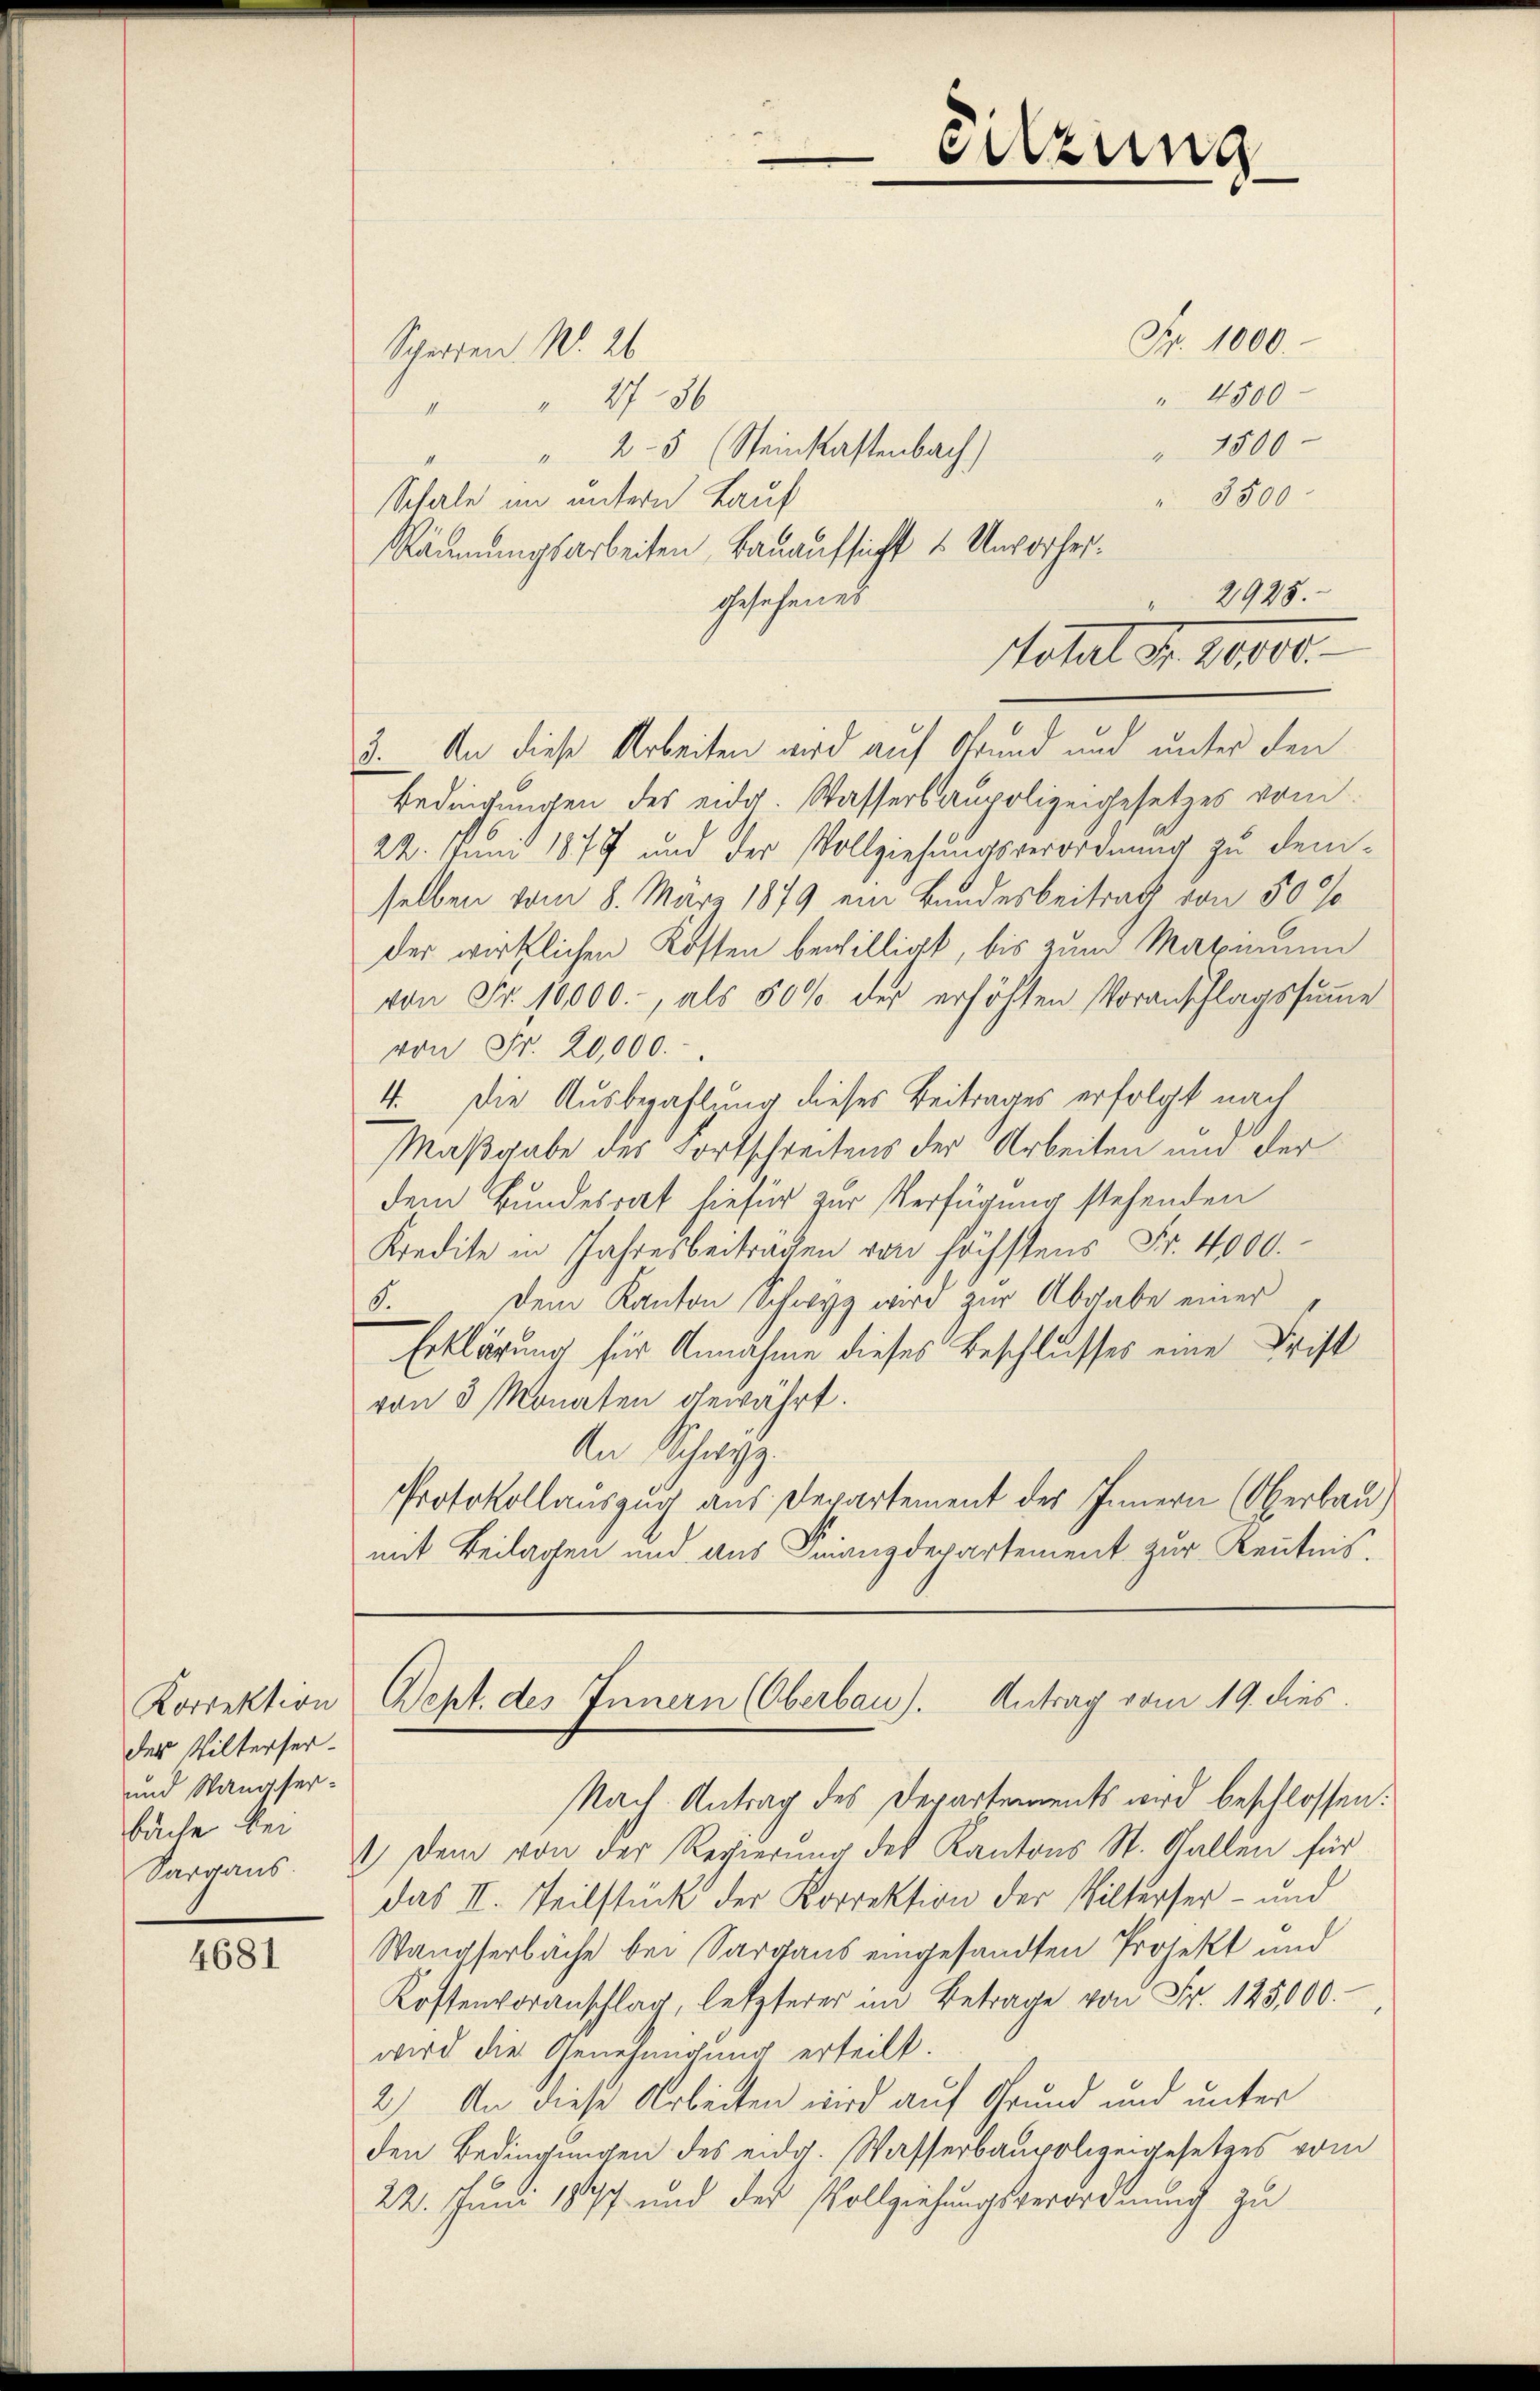
Korrektion
des Wilterser-
und Wangserbäche bei

4681

Scheiden No. 26.
I

Sitzung

Fr. 1000.
 4500
 2736
" 1500
2-5 (Steinkastenbach)
" 3500
Schale im untern Lauf
Räumungsarbeiten, Bauaufsicht u. Unvorhergesehenes
3. An diese Arbeiten wird auf Grund und unter den
Bedingungen des eidg. Wasserbaupolizeigesetzes vom
22. Juni 1877 und der Vollziehungsverordnung zu demselben vom 8. März 1879 ein Bundesbeitrag von 50 %
der wirklichen Kosten bewilligt, bis zum Maximum
von Fr. 10,000., als 50% der erhöhten Voranschlagssumme
von Fr. 20,000.
4. Die Ausbezahlung dieses Beitrages erfolgt nach
Maßgabe des Fortschreitens der Arbeiten und der
dem Bundesrat hiefür zur Verfügung stehenden
Kredite in Jahresbeiträgen von höchstens Fr. 4000.
5. Dein Kanton Schwyz wird zur Abgabe einer
Erklärung für Annahme dieses Beschlusses eine Frist
von 3 Monaten gewährt.
An Schwyz.
Protokollauszug aus Departement des Innern (Oberbau)
mit Beilagen und aus Finanzdepartement zur Kenntnis.

2925.
g
Hotel d. 2000.

Sept. des Innern (Oberbau). Antrag vom 19. dies

Nach Antrag des Departements wird beschlossen:
Sargans.  Dem von der Regierŭng des Kantons St. Gallen für
das II. Teilstück der Korrektion der Wilterser- und
Wangserbäche bei Sargaus eingesandten Projekt und
Kostenvoranschlag, letzterer im Betrage von Fr. 125000.-
wird die Genehmigung erteilt.
2.) An diese Arbeiten wird auf Grund und unter
den Bedingungen des eidg. Wasserbaupolizeigesetzes vom
22. Juni 1847 und der Vollziehungsverordnung zu